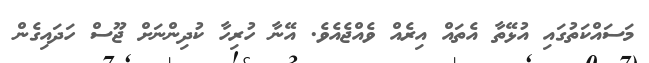
މަސައްކަތުގައި އުޅޭތާ އެތައް އިރެއް ވެއްޖެއެވެ. އޭނާ ހުރިހާ ކުދިންނަށް ޖޫސް ހަދައިގެން